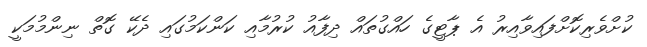
ކުށްވެރިކޮށްފައިވާއިރު އެ ޕާޓީގެ ހައްގުތައް ދިފާއު ކުރުމާއި ކަންކަމުގައި ދެކޭ ގޮތް ނިންމުމަކީ